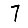
Digit: 7